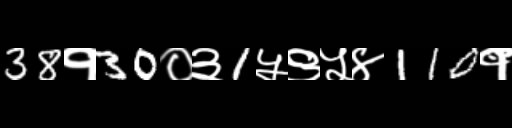
Text: 38१30०३1५९५४110१